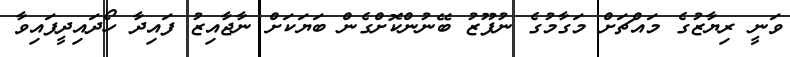
ވަނީ ރިޔާޒުގެ މައްޗަށް މަގާމުގެ ނުފޫޒު ބޭނުންކޮށްގެން ބަޔަކަށް ނާޖާއިޒު ފައިދާ ހޯދައިދީފައިވާ